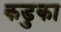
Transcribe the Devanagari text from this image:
कडुका